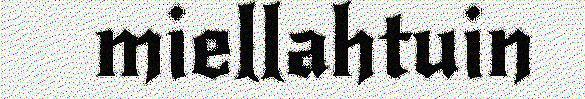
miellahtuin